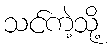
သင်ကဲ့သို့